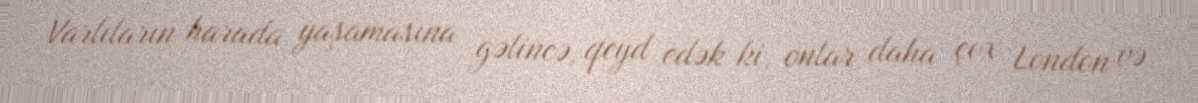
Varlıların harada yaşamasına gəlincə, qeyd edək ki, onlar daha çox London və